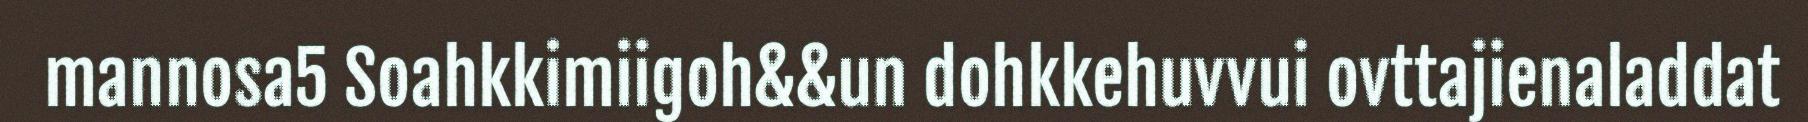
mannosa5 Soahkkimiigoh&&un dohkkehuvvui ovttajienaladdat